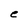
Character: e